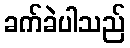
ခက်ခဲပါသည်